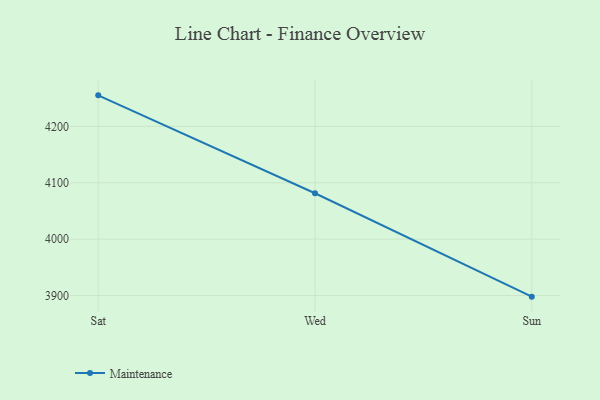
{"axis": {"x": "Day", "y": "Page Views"}, "legend": ["Maintenance"], "data": [{"x": "Sat", "y": 4255.1, "type": "Maintenance"}, {"x": "Wed", "y": 4081.4, "type": "Maintenance"}, {"x": "Sun", "y": 3898.0, "type": "Maintenance"}]}